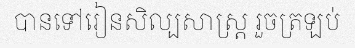
បានទៅរៀនសិល្បសាស្ត្រ រួចត្រឡប់